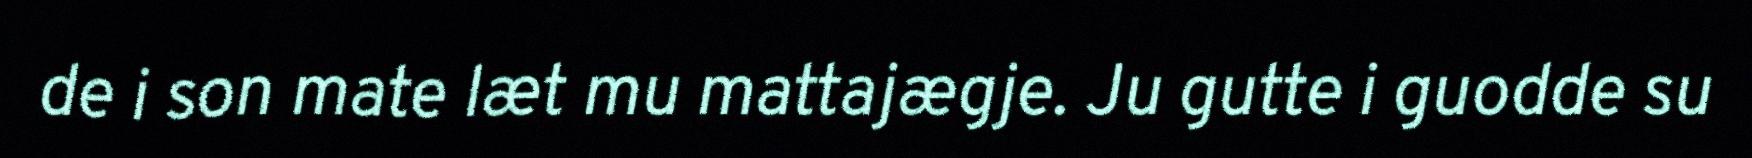
de i son mate læt mu mattajægje. Ju gutte i guodde su